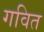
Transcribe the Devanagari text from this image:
गवित